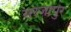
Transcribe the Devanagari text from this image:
सरजापुर